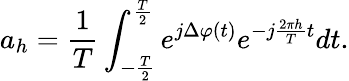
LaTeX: a_{h}=\frac{1}{T}\int_{-\frac{T}{2}}^{\frac{T}{2}}e^{j\Delta\varphi(t)}e^{-j\frac{2\pi h}{T}t}dt.